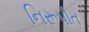
નિરૂપીત